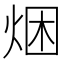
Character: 焑